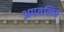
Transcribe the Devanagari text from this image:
अपवलित